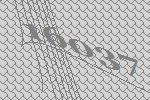
16037